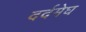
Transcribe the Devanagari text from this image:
दर्दमेघ